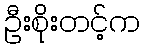
ဦးစိုးတင့်က